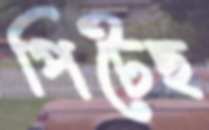
পিটেছ